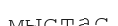
мыстас